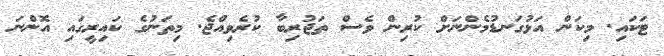
ޓަކައި. މިކަން އަޅުގަނޑުމެންނަށް ކުރިން ވެސް ތަޖުރިބާ ކުރެވިއްޖެ. މިތަނުގެ ކައިރީގައި އޮންނަ